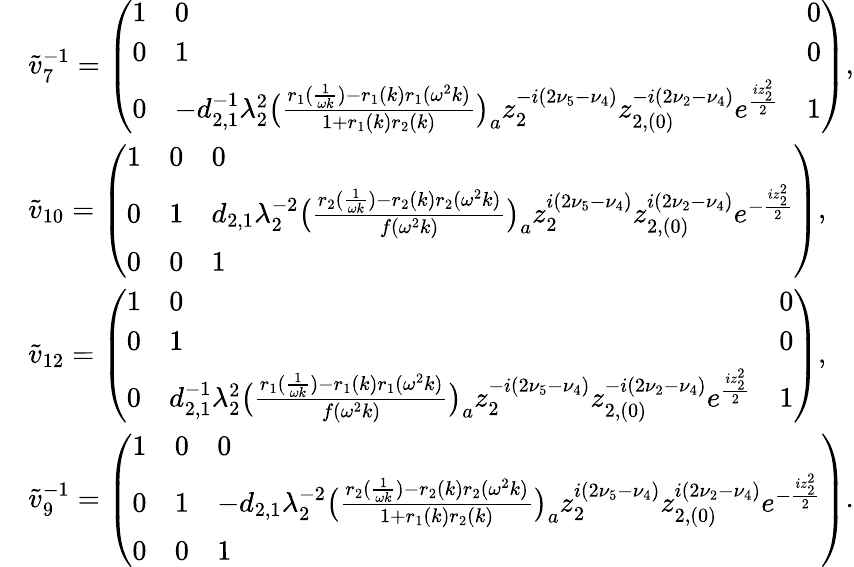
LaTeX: \begin{array}{rl}&{\tilde{v}_{7}^{-1}=\left(\begin{array}{lll}{1}&{0}&{0}\\ {0}&{1}&{0}\\ {0}&{-d_{2,1}^{-1}\lambda_{2}^{2}\big(\frac{r_{1}(\frac{1}{\omega k})-r_{1}(k)r_{1}(\omega^{2}k)}{1+r_{1}(k)r_{2}(k)}\big)_{a}z_{2}^{-i(2\nu_{5}-\nu_{4})}z_{2,(0)}^{-i(2\nu_{2}-\nu_{4})}e^{\frac{iz_{2}^{2}}{2}}}&{1}\end{array}\right),}\\ &{\tilde{v}_{10}=\left(\begin{array}{lll}{1}&{0}&{0}\\ {0}&{1}&{d_{2,1}\lambda_{2}^{-2}\big(\frac{r_{2}(\frac{1}{\omega k})-r_{2}(k)r_{2}(\omega^{2}k)}{f(\omega^{2}k)}\big)_{a}z_{2}^{i(2\nu_{5}-\nu_{4})}z_{2,(0)}^{i(2\nu_{2}-\nu_{4})}e^{-\frac{iz_{2}^{2}}{2}}}\\ {0}&{0}&{1}\end{array}\right),}\\ &{\tilde{v}_{12}=\left(\begin{array}{lll}{1}&{0}&{0}\\ {0}&{1}&{0}\\ {0}&{d_{2,1}^{-1}\lambda_{2}^{2}\big(\frac{r_{1}(\frac{1}{\omega k})-r_{1}(k)r_{1}(\omega^{2}k)}{f(\omega^{2}k)}\big)_{a}z_{2}^{-i(2\nu_{5}-\nu_{4})}z_{2,(0)}^{-i(2\nu_{2}-\nu_{4})}e^{\frac{iz_{2}^{2}}{2}}}&{1}\end{array}\right),}\\ &{\tilde{v}_{9}^{-1}=\left(\begin{array}{lll}{1}&{0}&{0}\\ {0}&{1}&{-d_{2,1}\lambda_{2}^{-2}\big(\frac{r_{2}(\frac{1}{\omega k})-r_{2}(k)r_{2}(\omega^{2}k)}{1+r_{1}(k)r_{2}(k)}\big)_{a}z_{2}^{i(2\nu_{5}-\nu_{4})}z_{2,(0)}^{i(2\nu_{2}-\nu_{4})}e^{-\frac{iz_{2}^{2}}{2}}}\\ {0}&{0}&{1}\end{array}\right).}\end{array}